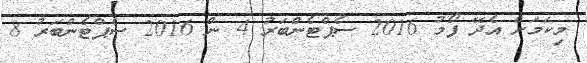
މިކަމަށް އެދޭ ފޯމު 2016 ސެޕްޓެންބަރު 4 ން 2016 ސެޕްޓެންބަރު 8